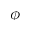
\phi